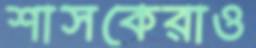
শাসকেরাও